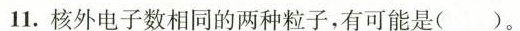
11.核外电子数相同的两种粒子，有可能是()。